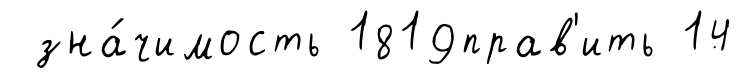
зна́чимость 1819прав'ить 14